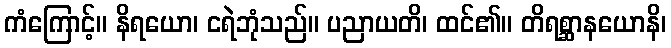
ကံကြောင့်။ နိရယော၊ ငရဲဘုံသည်။ ပညာယတိ၊ ထင်၏။ တိရစ္ဆာနယောနိ၊